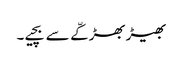
بھیڑ بھڑکّے سے بچیے۔